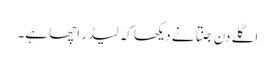
اگلے دن جنتا نے دیکھا کہ لیڈر اچھا ہے۔